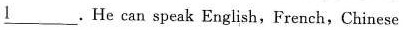
\underline{1}.He can speak English,French,Chinese